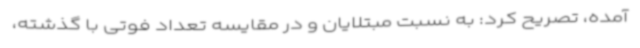
آمده، تصریح کرد: به نسبت مبتلایان و در مقایسه تعداد فوتی با گذشته،